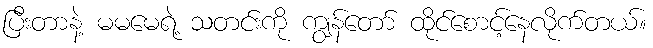
ပြီးတာနဲ့ မမမေရဲ့ သတင်းကို ကျွန်တော် ထိုင်စောင့်နေလိုက်တယ်။